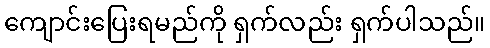
ကျောင်းပြေးရမည်ကို ရှက်လည်း ရှက်ပါသည်။